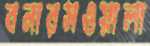
বনারসওয়ালা